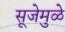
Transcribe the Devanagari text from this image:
सूजेमुळे